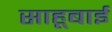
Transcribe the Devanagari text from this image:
साहूबाई